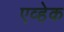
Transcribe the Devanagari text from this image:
एव्हेक